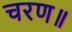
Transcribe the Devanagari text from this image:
चरण॥